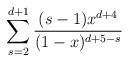
LaTeX: \begin{align*}\sum_{s=2}^{d+1}\frac{(s-1)x^{d+4}}{(1-x)^{d+5-s}}\end{align*}